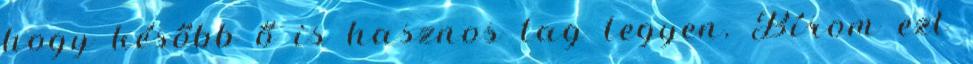
hogy később ő is hasznos tag legyen. Bírom ezt